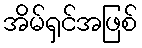
အိမ်ရှင်အဖြစ်